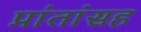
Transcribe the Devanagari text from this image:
प्रांतांसह